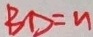
B D = n